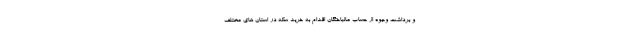
و برداشت وجوه از حساب مالباختگان اقدام به خرید سکه در استان های مختلف